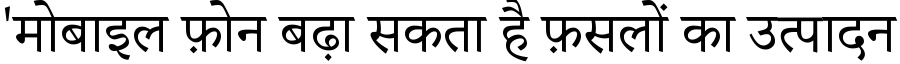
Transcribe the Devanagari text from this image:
'मोबाइल फ़ोन बढ़ा सकता है फ़सलों का उत्पादन